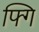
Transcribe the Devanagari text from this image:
फ्गि